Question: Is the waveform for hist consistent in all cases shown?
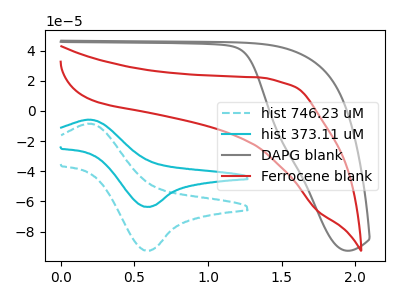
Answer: <think>The cyan dashed curve "hist 746.23 uM" has an anodic peak at (0.20V, -8.60uA) and a cathodic peak at (0.60V, -92.65uA). The cyan curve "hist 373.11 uM" has an anodic peak at (0.20V, -5.90uA) and a cathodic peak at (0.60V, -63.65uA). The gray curve "DAPG blank" has no peaks. The red curve "Ferrocene blank" has no peaks.
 All the peaks in "hist 746.23 uM" have a peak in "hist 373.11 uM" at the same potential. "hist 746.23 uM" and "DAPG blank" have a different number of peaks. "hist 746.23 uM" and "Ferrocene blank" have a different number of peaks. "hist 373.11 uM" and "DAPG blank" have a different number of peaks. "hist 373.11 uM" and "Ferrocene blank" have a different number of peaks. Neither "DAPG blank" or "Ferrocene blank" have any peaks.</think>
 <answer>All the CV's of "hist" have similar shape.</answer>
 <eval>follow_rule</eval>